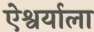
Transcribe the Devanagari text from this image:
ऐश्वर्याला